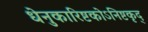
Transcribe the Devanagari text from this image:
धेनुकारिष्टकोऽनिष्टकृद्